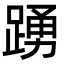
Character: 踴